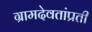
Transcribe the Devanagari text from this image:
ग्रामदेवतांप्रती